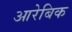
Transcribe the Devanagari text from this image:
आरेबिक